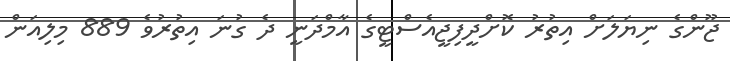
ޖޫންގެ ނިޔަލަށް އިތުރު ކޮށްދީފިޖީއެސްޓީގެ އާމްދަނީ ދެ ގުނަ އިތުރުވެ 889 މިލިއަން